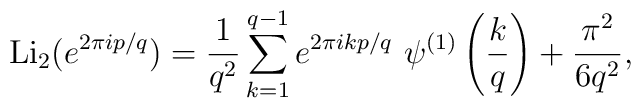
{\rm Li}_2 ( e^{2 \pi i p / q} )  = \frac{1}{q^2} \sum_{k=1}^{q-1} e^{2 \pi i k p / q}~  \psi^{(1)} \left( \frac{k}{q} \right) + \frac{\pi^2}{6 q^2},